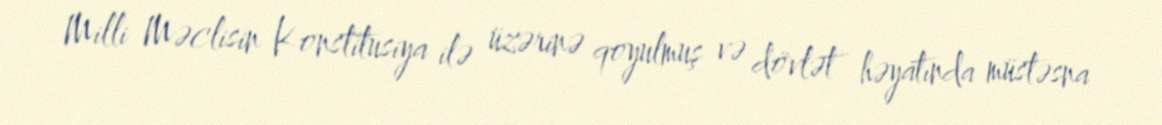
Milli Məclisin Konstitusiya ilə üzərinə qoyulmuş və dövlət həyatında müstəsna